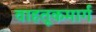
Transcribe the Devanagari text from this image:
वाहतूकमार्ग